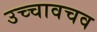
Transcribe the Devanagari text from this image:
उच्चावचव